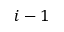
i - 1